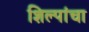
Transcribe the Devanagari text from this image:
शिल्पांचा